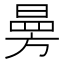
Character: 㬅